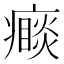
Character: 𭼮